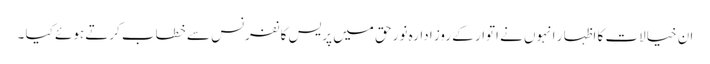
ان خیالات کا اظہا ر انہوں نے اتوار کے روز ادارہ نور حق میں پریس کانفرنس سے خطاب کرتے ہوئے کیا ۔